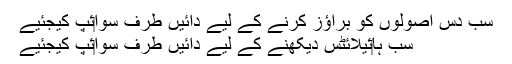
سب دس اصولوں کو براؤز کرنے کے ليے دائيں طرف سوا‏ئپ کيجئيے
سب ہا‏ئيلائٹس ديکھنے کے ليے دائيں طرف سوا‏ئپ کيجئيے